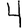
Digit: 4